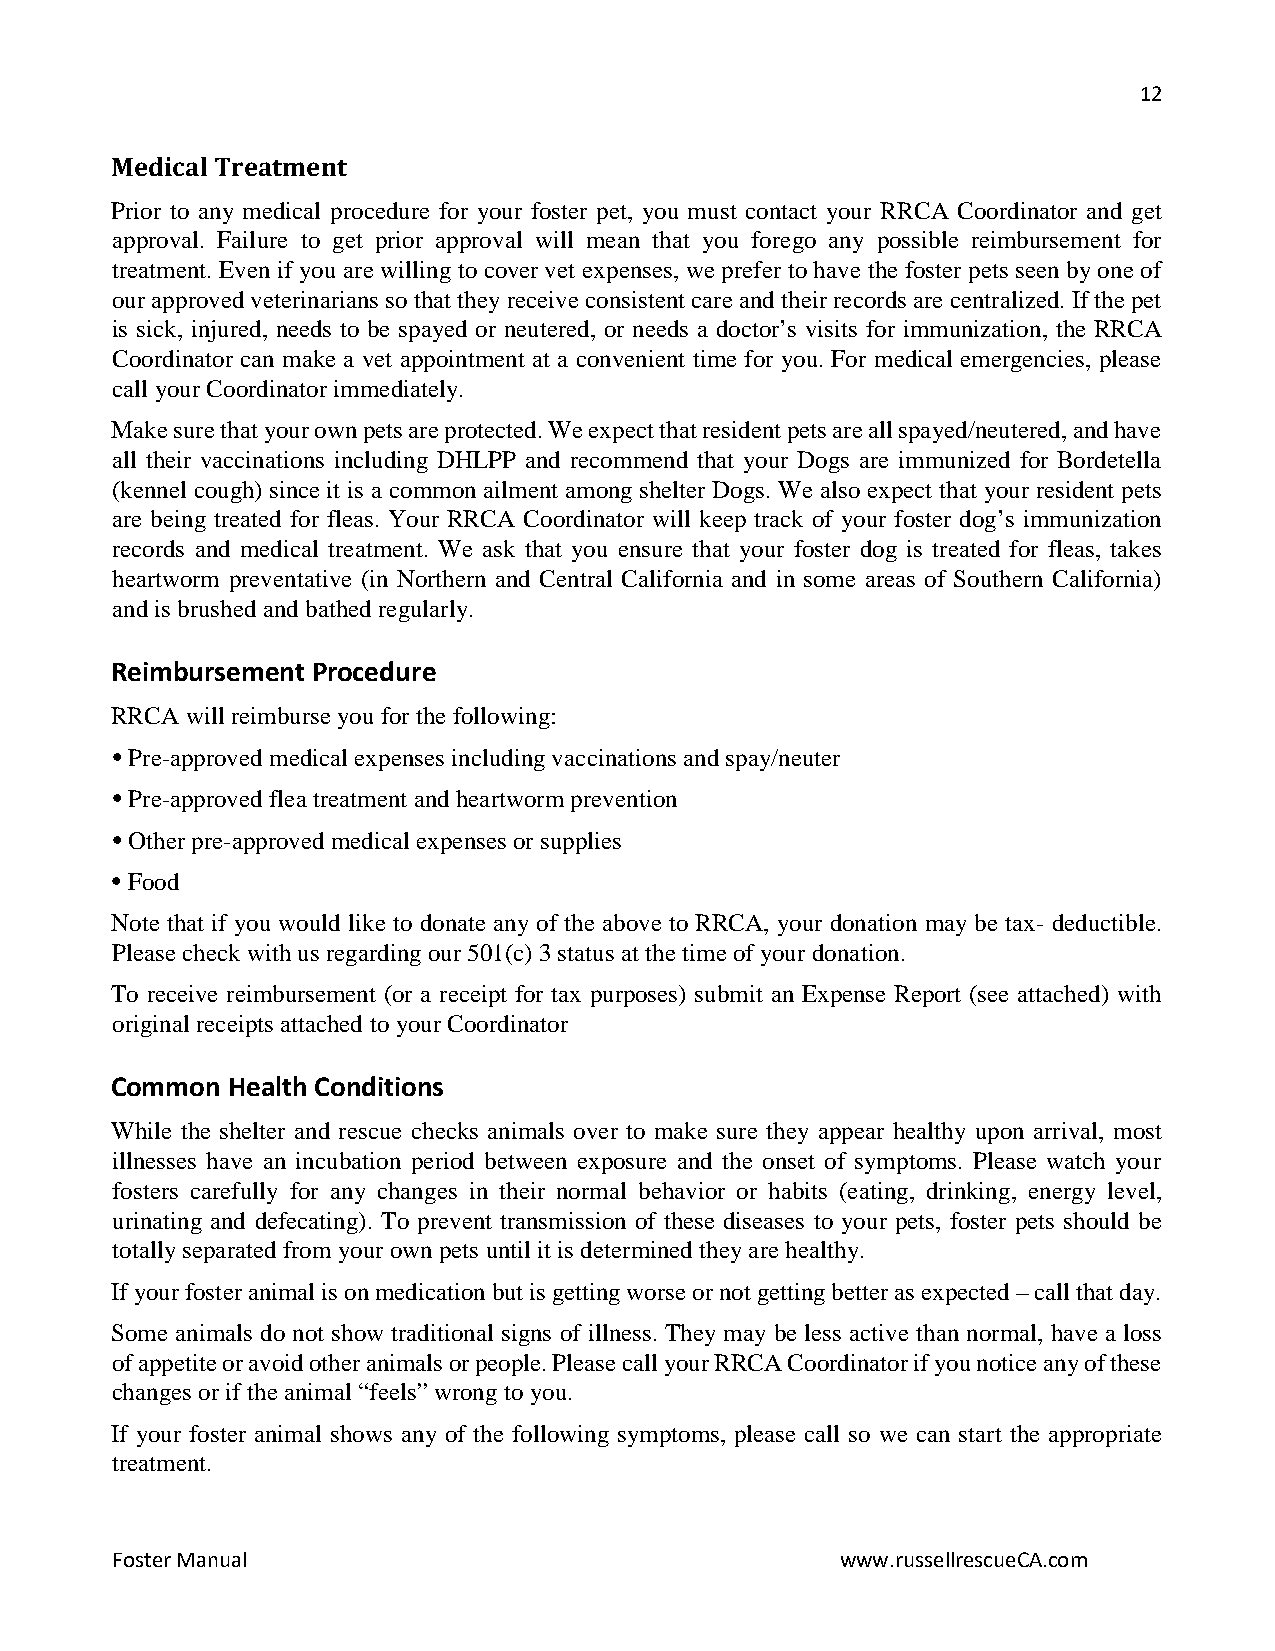
12
 Medical Treatment
 Prior to any medical procedure for your foster pet, you must contact your RRCA Coordinator and get
 approval. Failure to get prior approval will mean that you forego any possible reimbursement for
 treatment. Even if you are willing to cover vet expenses, we prefer to have the foster pets seen by one of
 our approved veterinarians so that they receive consistent care and their records are centralized. If the pet
 is sick, injured, needs to be spayed or neutered, or needs a doctor’s visits for immunization, the RRCA
 Coordinator can make a vet appointment at a convenient time for you. For medical emergencies, please
 call your Coordinator immediately.
 Make sure that your own pets are protected. We expect that resident pets are all spayed/neutered, and have
 all their vaccinations including DHLPP and recommend that your Dogs are immunized for Bordetella
 (kennel cough) since it is a common ailment among shelter Dogs. We also expect that your resident pets
 are being treated for fleas. Your RRCA Coordinator will keep track of your foster dog’s immunization
 records and medical treatment. We ask that you ensure that your foster dog is treated for fleas, takes
 heartworm preventative (in Northern and Central California and in some areas of Southern California)
 and is brushed and bathed regularly.
 Reimbursement Procedure
 RRCA will reimburse you for the following:
 • Pre-approved medical expenses including vaccinations and spay/neuter
 • Pre-approved flea treatment and heartworm prevention
 • Other pre-approved medical expenses or supplies
 • Food
 Note that if you would like to donate any of the above to RRCA, your donation may be tax- deductible.
 Please check with us regarding our 501(c) 3 status at the time of your donation.
 To receive reimbursement (or a receipt for tax purposes) submit an Expense Report (see attached) with
 original receipts attached to your Coordinator
 Common  Health Conditions
 While the shelter and rescue checks animals over to make sure they appear healthy upon arrival, most
 illnesses have an incubation period between exposure and the onset of symptoms. Please watch your
 fosters carefully for any changes in their normal behavior or habits (eating, drinking, energy level,
 urinating and defecating). To prevent transmission of these diseases to your pets, foster pets should be
 totally separated from your own pets until it is determined they are healthy.
 If your foster animal is on medication but is getting worse or not getting better as expected – call that day.
 Some animals do not show traditional signs of illness. They may be less active than normal, have a loss
 of appetite or avoid other animals or people. Please call your RRCA Coordinator if you notice any of these
 changes or if the animal “feels” wrong to you.
 If your foster animal shows any of the following symptoms, please call so we can start the appropriate
 treatment.
 Foster Manual                                    www.russellrescueCA.com